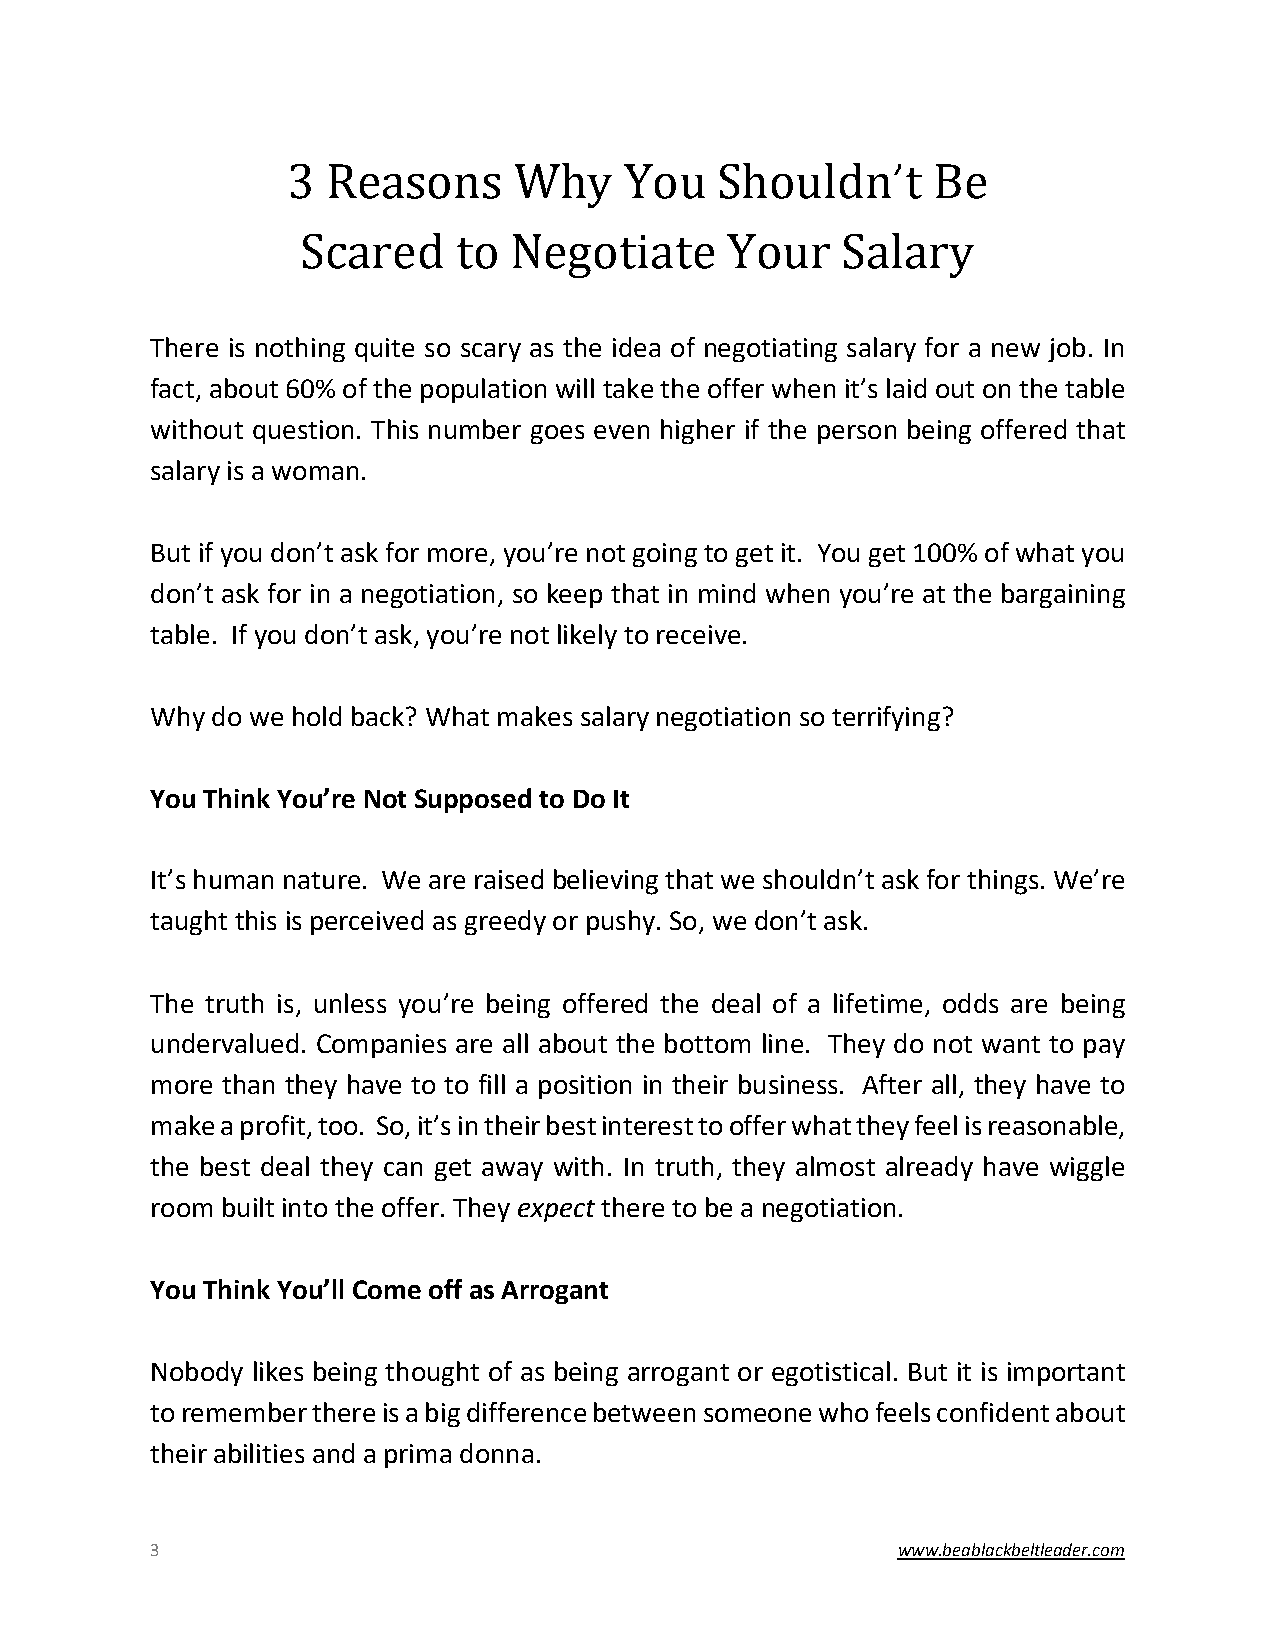
3  Reasons     Why    You   Shouldn’t      Be
 Scared    to  Negotiate     Your    Salary
 There is nothing quite so scary as the idea of negotiating salary for a new job. In
 fact, about 60% of the population will take the offer when it’s laid out on the table
 without question. This number goes even higher if the person being offered that
 salary is a woman.
 But if you don’t ask for more, you’re not going to get it. You get 100% of what you
 don’t ask for in a negotiation, so keep that in mind when you’re at the bargaining
 table. If you don’t ask, you’re not likely to receive.
 Why do we hold back? What makes salary negotiation so terrifying?
 You Think You’re Not Supposed to Do It
 It’s human nature. We are raised believing that we shouldn’t ask for things. We’re
 taught this is perceived as greedy or pushy. So, we don’t ask.
 The truth is, unless you’re being offered the deal of a lifetime, odds are being
 undervalued. Companies are all about the bottom line. They do not want to pay
 more than they have to to fill a position in their business. After all, they have to
 make a profit, too. So, it’s in their best interest to offer what they feel is reasonable,
 the best deal they can get away with. In truth, they almost already have wiggle
 room built into the offer. They expect there to be a negotiation.
 You Think You’ll Come off as Arrogant
 Nobody likes being thought of as being arrogant or egotistical. But it is important
 to remember there is a big difference between someone who feels confident about
 their abilities and a prima donna.
 3                                                www.beablackbeltleader.com